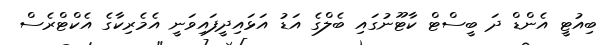
ބިއުޓީ އެންޑް ދަ ބީސްޓް ކާޓޫނުގައި ބެލްގެ އަޑު އަޅައިދީފައިވަނީ އެމެރިކާގެ އެކްޓްރެސް